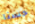
حسنا